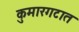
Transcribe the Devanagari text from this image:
कुमारगटात